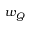
w _ { Q }